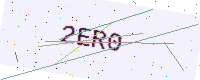
Text: 2ER0